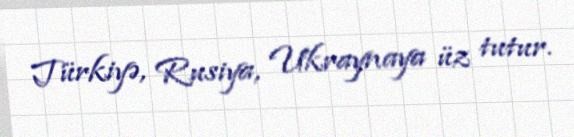
Türkiyə, Rusiya, Ukraynaya üz tutur.